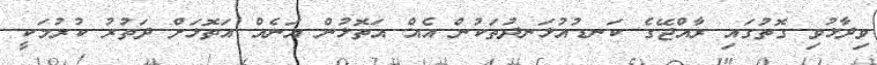
ވިދާޅުވި ގޮތުގައި ރާއްޖޭގެ ކަނޑުއުޅަނދުތަކުން އެއް އަތޮޅުން އަނެއް އަތޮޅަށް ދަތުރު ކުރުމަކީ